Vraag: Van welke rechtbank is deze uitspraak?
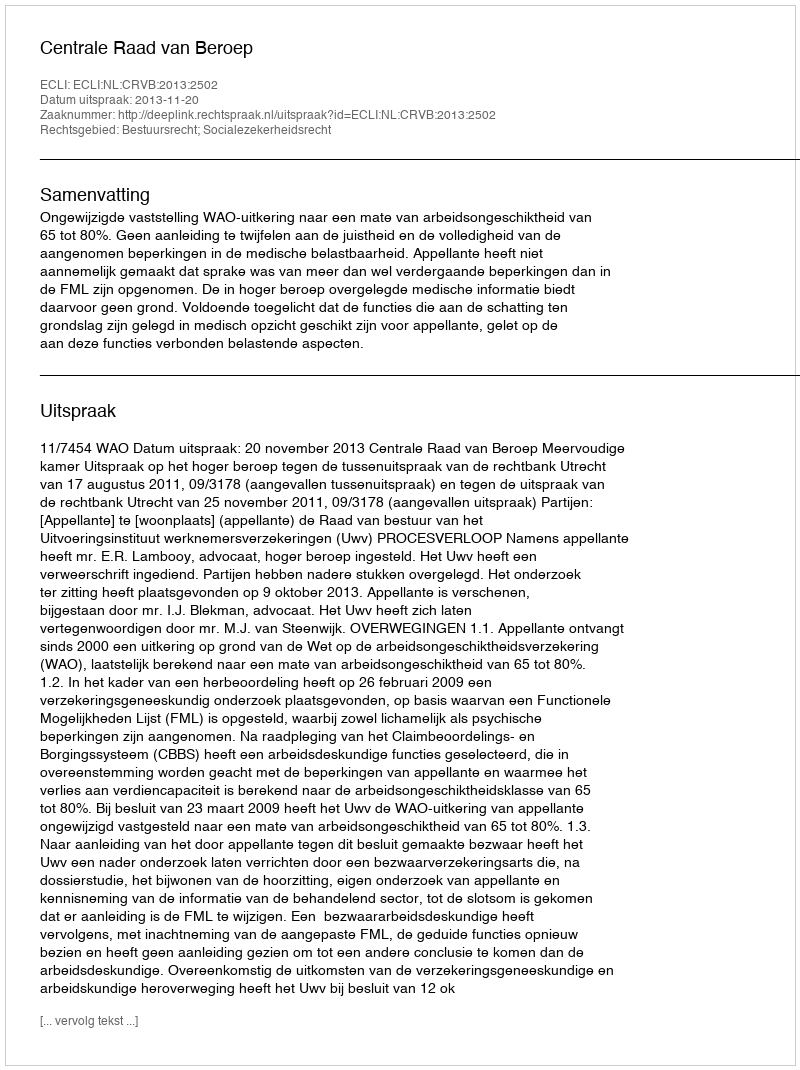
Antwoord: Centrale Raad van Beroep